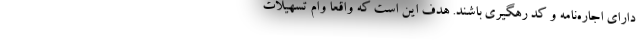
دارای اجاره‌نامه و کد رهگیری باشند. هدف این است که واقعا وام تسهیلات